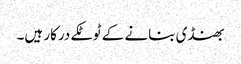
بھنڈی بنانے کے ٹوٹکے درکار ہیں۔